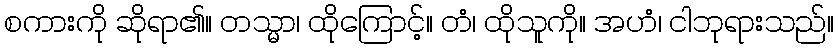
စကားကို ဆိုရာ၏။ တသ္မာ၊ ထိုကြောင့်။ တံ၊ ထိုသူကို။ အဟံ၊ ငါဘုရားသည်။